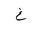
Letter: _gayn